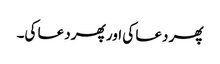
پھر دعا کی اور پھر دعا کی۔